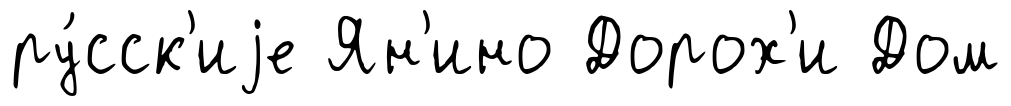
ру́сск'иjе Ян'ино Дорох'и Дом